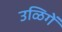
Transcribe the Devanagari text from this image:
उळिगें